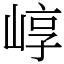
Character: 崞